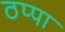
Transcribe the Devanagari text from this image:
ठप्‍पा